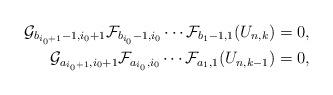
LaTeX: \begin{align*}\mathcal G_{b_{i_0+1}-1,i_0+1}\mathcal F_{b_{i_0}-1,i_0}\cdots \mathcal F_{b_{1}-1,1} (U_{n,k})&= 0, \\ \mathcal G_{a_{i_0+1},i_0+1}\mathcal F_{a_{i_0},i_0}\cdots \mathcal F_{a_{1},1} (U_{n,k-1})&= 0, \end{align*}